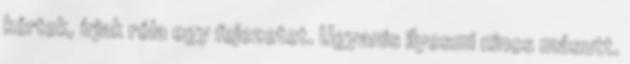
kértek, írjak róla egy fejezetet. Ugyanis ilyesmi nincs másutt.